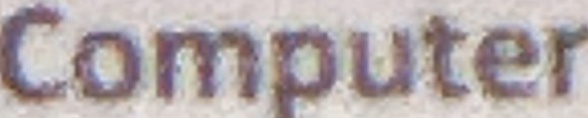
Compute